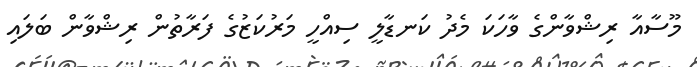
މޫސާއާ ރިޝްވާންގެ ވާހަކަ މެދު ކަނޑާލީ ސިއްހީ މަރުކަޒުގެ ފަރާތުން ރިޝްވާން ބަލައި